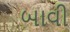
બાવી